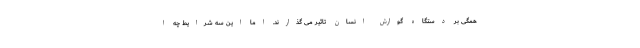
همگی بر دستگاه گوارش انسان تاثیر می گذارند. اما این سه شرایط چه ا